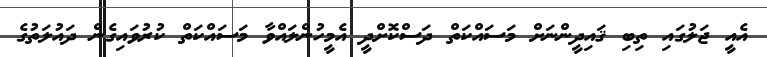
އެއީ ޖަލުގައި ތިބި ޤައިދީންނަށް މަސައްކަތް ދަސްކޮށްދީ އެމީހުންލައްވާ މަސައްކަތް ކުރުވައިގެން ދައުލަތުގެ